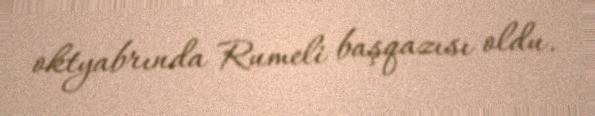
oktyabrında Rumeli başqazısı oldu.